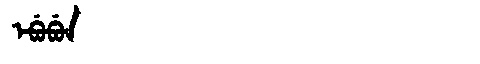
Manchu: ᡝᠪᡠᠪᡠᠨ
Romanization: EBUBUN